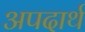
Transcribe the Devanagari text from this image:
अपदार्थ